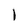
Character: 1